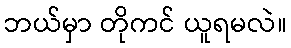
ဘယ်မှာ တိုကင် ယူရမလဲ။